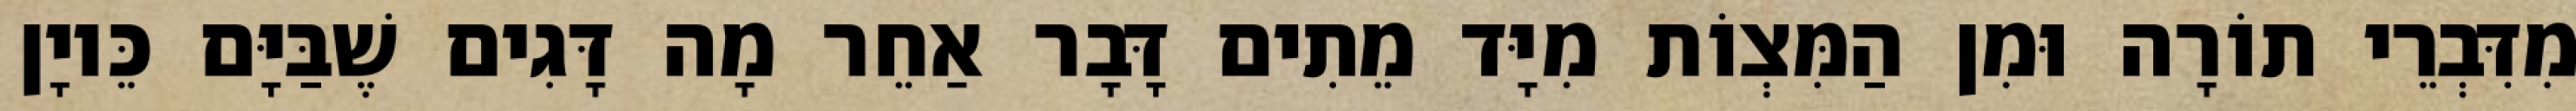
מִדִּבְרֵי תוֹרָה וּמִן הַמִּצְוֹת מִיָּד מֵתִים דָּבָר אַחֵר מָה דָּגִים שֶׁבַּיָּם כֵּיוָן